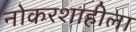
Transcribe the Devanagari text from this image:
नोकरशाहीला